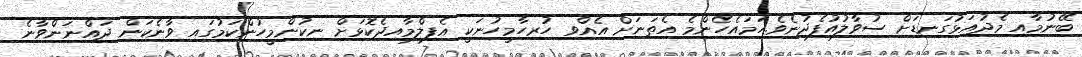
ބޭނުމާއި މެދުއަޅުގަނޑަށް ސުވާލުއުފެދުނެވެ.ހަމައެހެންމެ އެތަނަށް އެއްވި ހުރިހާމީހުނަކީ އެފިލްމާއިދެކޮޅަށް ނިކުންމީހުންކަމުގައި ވާނެކަން ދައްނަންވާނެ